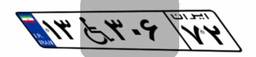
۱۳W۳۰۶۷۲